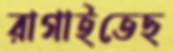
রাগাইতেছ